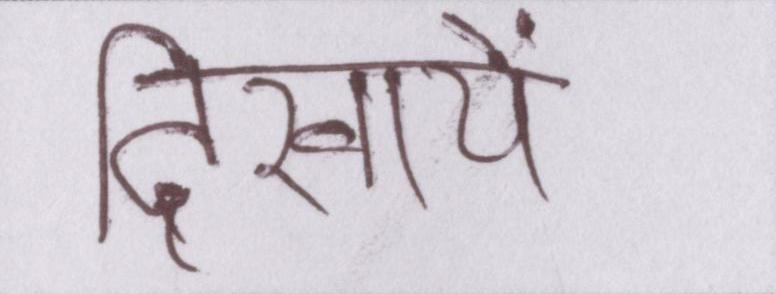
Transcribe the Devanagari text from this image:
दिखायें